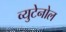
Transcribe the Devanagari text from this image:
व्युटेनोल